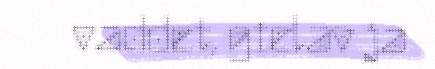
vaddet, gielav ja